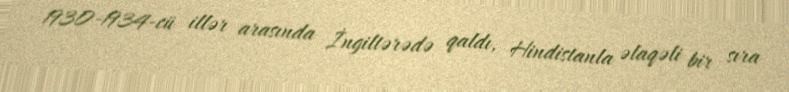
1930-1934-cü illər arasında İngiltərədə qaldı, Hindistanla əlaqəli bir sıra